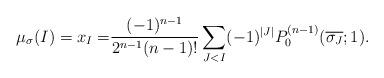
LaTeX: \begin{align*}\mu_{\sigma}(I)= x_I= & \frac{(-1)^{n-1}}{2^{n-1}(n-1)!} \sum_{J<I} (-1)^{|J|} { P_0^{(n-1)}(\overline{\sigma_J} ;1)}.\end{align*}